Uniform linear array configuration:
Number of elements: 64
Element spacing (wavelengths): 0.25
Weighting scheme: kaiser
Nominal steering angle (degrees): -45
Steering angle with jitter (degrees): -44.654
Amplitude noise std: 0.05
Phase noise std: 0.05

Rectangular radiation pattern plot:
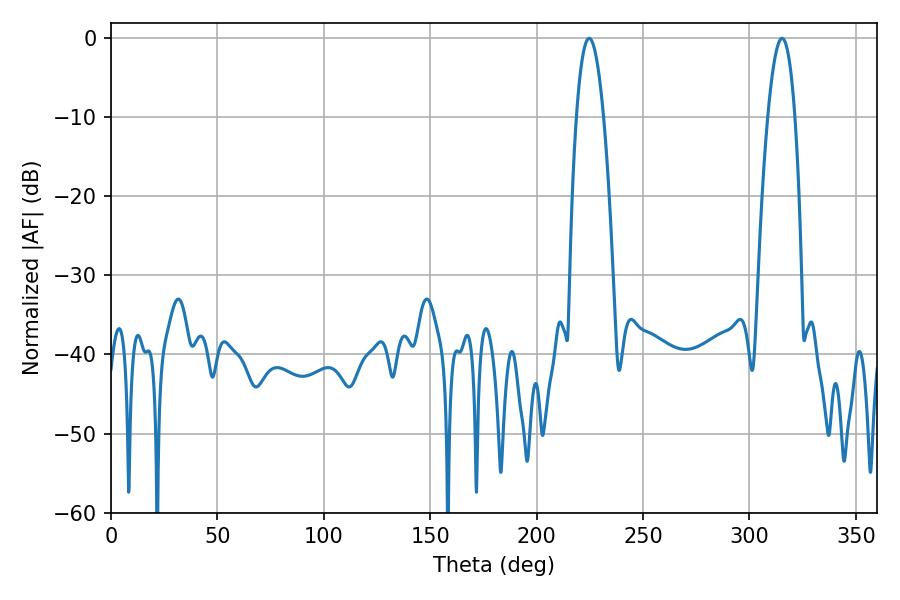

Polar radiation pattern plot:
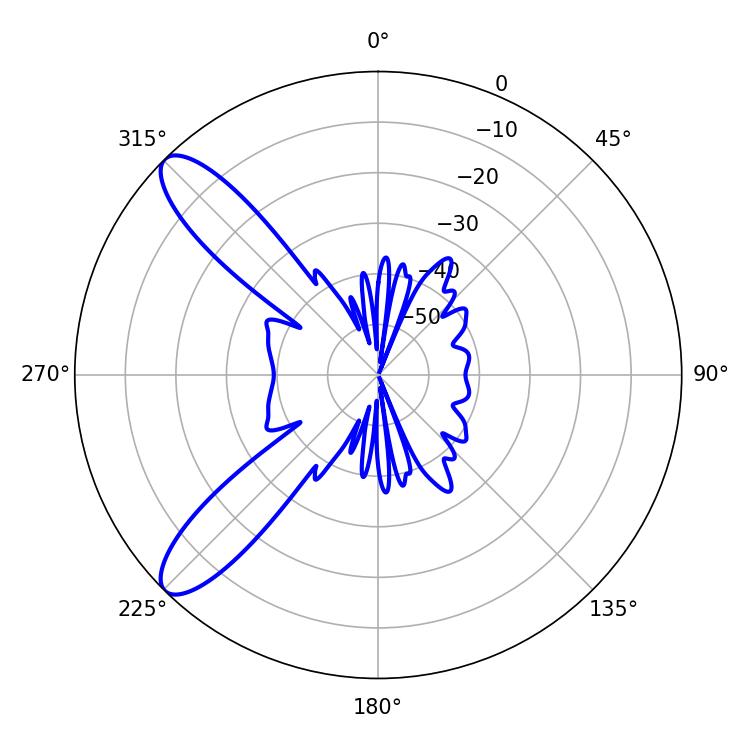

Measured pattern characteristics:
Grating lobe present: FALSE
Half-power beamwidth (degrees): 7.02
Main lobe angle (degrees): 224.64